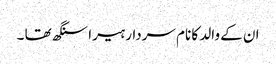
ان کے والد کا نام سردار ہیرا سنگھ تھا ۔